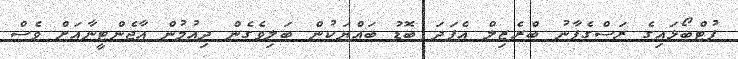
ފުޓްބޯޅައިގެ ރަސްގެފާނު ބްރެޒިލް އެފަދަ ބޮޑު ބައްޔަކުން ބަލިވެގެން ދިއުމުން އާޖެންޓީނާއަށް ވެސް